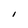
Character: I